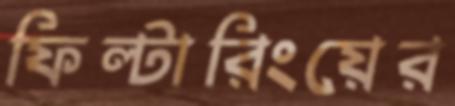
ফিল্টারিংয়ের